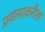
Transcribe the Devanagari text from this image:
प्रवासाकरीता